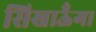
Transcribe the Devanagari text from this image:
सिखाऊँगा